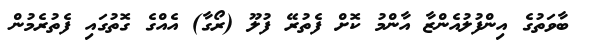
ބާވަތުގެ އިންފުލުއެންޒާ އާންމު ކޮށް ފެތުރޭ ފުލޫ (ރޯގާ) އެއްގެ ގޮތުގައި ފެތުރެމުން